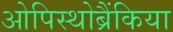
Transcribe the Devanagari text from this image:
ओपिस्थोब्रैंकिया